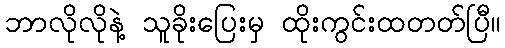
ဘာလိုလိုနဲ့ သူခိုးပြေးမှ ထိုးကွင်းထတတ်ပြီ။